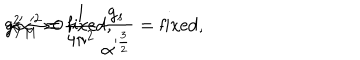
g _ { Y M } ^ { 2 } = { \frac { 1 } { 4 \pi ^ { 2 } } } { \frac { g _ { s } } { \alpha ^ { \frac { 3 } { 2 } } } } = \mathrm { f i x e d } , \hspace { 2 m m } \mu \alpha ^ { 2 } = \mathrm { f i x e d } , \hspace { 2 m m } \alpha ^ { \prime } \to 0